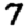
Digit: 7